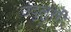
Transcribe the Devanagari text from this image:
उंदुलुसी